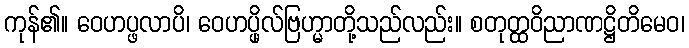
ကုန်၏။ ဝေဟပ္ဖလာပိ၊ ဝေဟပ္ဖိုလ်ဗြဟ္မာတို့သည်လည်း။ စတုတ္ထဝိညာဏဋ္ဌိတိမေဝ၊